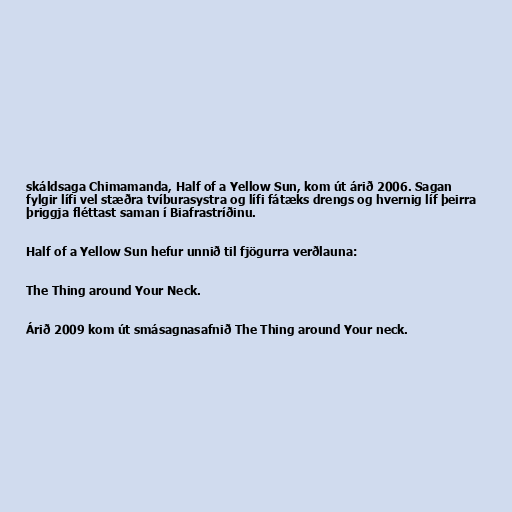
skáldsaga Chimamanda, Half of a Yellow Sun, kom út árið 2006. Sagan
fylgir lífi vel stæðra tvíburasystra og lífi fátæks drengs og hvernig líf þeirra
þriggja fléttast saman í Biafrastríðinu.

Half of a Yellow Sun hefur unnið til fjögurra verðlauna:

The Thing around Your Neck.

Árið 2009 kom út smásagnasafnið The Thing around Your neck.